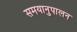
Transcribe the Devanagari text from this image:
समयानुपालन